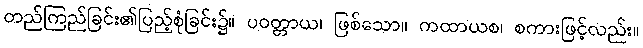
တည်ကြည်ခြင်း၏ပြည့်စုံခြင်း၌။ ပဝတ္တာယ၊ ဖြစ်သော။ ကထာယစ၊ စကားဖြင့်လည်း။